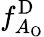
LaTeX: f_{A_{\mathrm{O}}}^{\mathrm{D}}